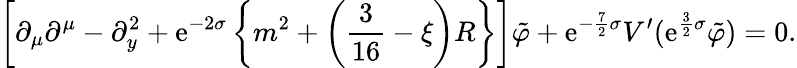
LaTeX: \left[\partial_{\mu}\partial^{\mu}-\partial_{y}^{2}+\mathrm{e}^{-2\sigma}\left\{ m^{2}+\left(\frac{{3}}{{16}}-\xi\right)R\right\} \right]\tilde{{\varphi}}+\mathrm{e}^{-\frac{{7}}{{2}}\sigma}V^{\prime}(\mathrm{e}^{\frac{{3}}{{2}}\sigma}\tilde{{\varphi}})=0.